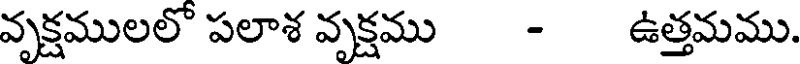
వృక్షములలో పలాశ వృక్షము - ఉత్తమము.